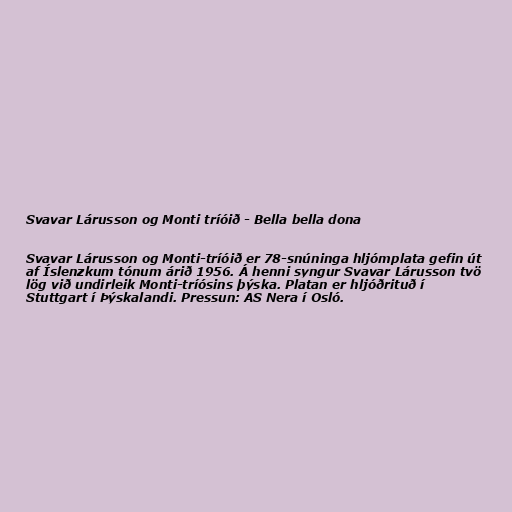
Svavar Lárusson og Monti tríóið - Bella bella dona

Svavar Lárusson og Monti-tríóið er 78-snúninga hljómplata gefin út
af Íslenzkum tónum árið 1956. Á henni syngur Svavar Lárusson tvö
lög við undirleik Monti-tríósins þýska. Platan er hljóðrituð í
Stuttgart í Þýskalandi. Pressun: AS Nera í Osló.